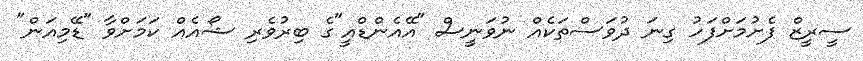
ސީރީޒް ފެށުމަށްފަހު ގިނަ ދުވަސްތަކެއް ނުވަނީސް "އޭއެންޑްއީ"ގެ ބިރުވެރި ޝޯއެއް ކަމަށްވާ "ޑޭމިއަން"